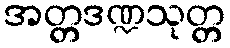
အတ္တဒဏ္ဍသုတ္တ